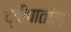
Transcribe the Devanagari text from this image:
द्वीपातील